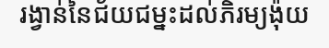
រង្វាន់នៃជ័យជម្នះដល់ភិរម្យង៉ុយ